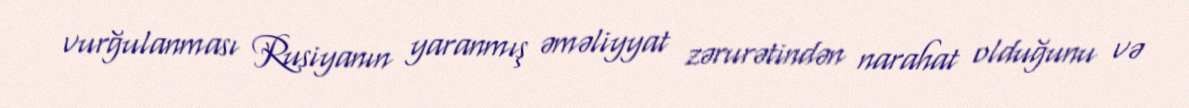
vurğulanması Rusiyanın yaranmış əməliyyat zərurətindən narahat olduğunu və